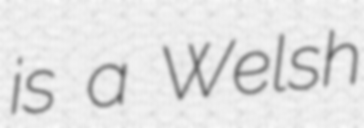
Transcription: is a Welsh